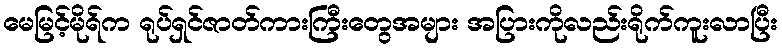
မေမြင့်မိုရ်က ရုပ်ရှင်ဇာတ်ကားကြီးတွေအများ အပြားကိုလည်းရိုက်ကူးလာပြီး